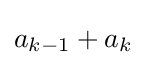
a_{k-1}+a_{k}